Annual administration report of the Civil Veterinary Department of India - 1894-1895
Year: 1894
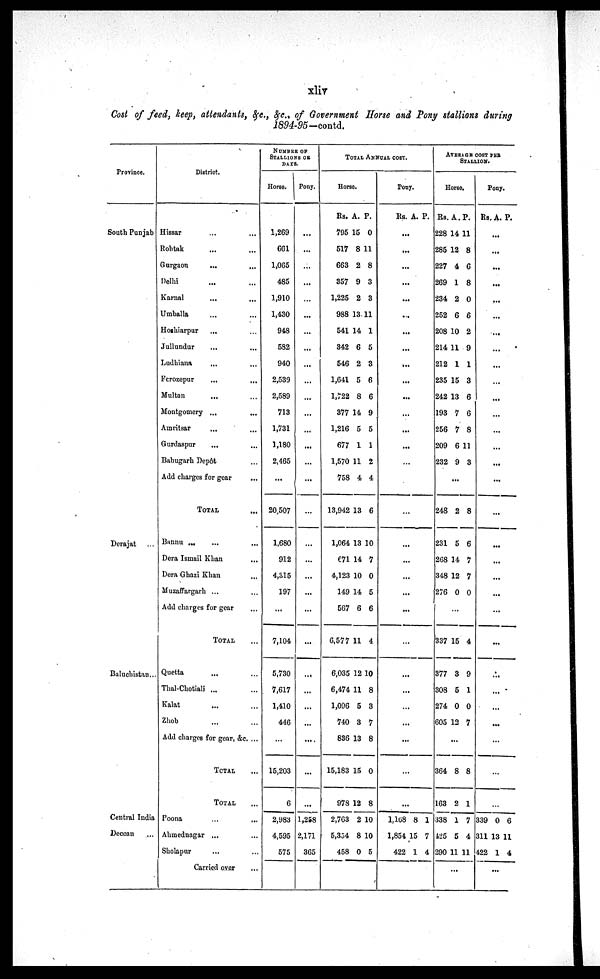
xliv
Cost of feed, keep, attendants, &c., &c., of Government Horse and Pony stallions during
1894-95—contd.
Province.
South Punjab
Derajat ...
Baluchistan ...
Central India
Deccan ...
District.
Hissar
...
...
Rohtak......
Gurgaon......
Delhi......
Karnal......
Umballa......
Hoshiarpur... ...
Jullundur......
Ludhiana......
Ferozepur......
Multan... ...
Montgomery ...
...
Amritsar......
Gurdaspur......
Babugarh Depôt ...
Add charges for gear...
TOTAL...
Bannu .........
Dera Ismail Khan...
Dora Ghazi Khan...
Muzaffargarh ... ...
Add charges for gear...
TOTAL ...
Quetta... ...
Thal-Chotiali ... ...
Kalat......
Zhob ... ...
Add charges for gear, &c. ...
TOTAL...
TOTAL...
Poona
...
...
Ahmednagar ... ...
Sholapur... ...
Carried over...
NUMBER
OF
STALLIONS
OR
DAYS.
Horse.
1,269
661
1,065
485
1,910
1,430
948
582
940
2,539
2,589
713
1,731
1,180
2,465
...
20 507
1,680
912
4,315
197
...
7,104
5,730
7,617
1,410
446
...
15,203
6
2,983
4,595
575
Pony.
...
...
...
...
...
...
...
...
...
...
...
...
...
...
...
...
...
...
...
...
...
...
...
...
...
...
...
...
...
...
1,258
2,171
365
TOTAL
ANNUAL
COST.
Horse.
Rs.
795
517
663
357
1,225
988
541
342
546
1,641
1,722
377
1,216
677
1,570
758
13,942
1,064
€71
4,123
149
567
6,577
6,035
6,474
1,096
740
836
15,183
978
2,763
5,354
458
A.
15
8
2
9
2
13
14
6
2
5
8
14
5
1
11
4
13
13
14
10
14
6
11
12
11
5
3
13
15
12
2
8
0
P.
0
11
8
3
3
11
1
5
3
6
6
9
5
1
2
4
6
10
7
0
5
6
4
10
8
3
7
8
0
8
10
10
5
Pony.
Rs. A. P.
...
...
...
...
...
...
...
...
...
...
...
...
...
...
...
...
...
...
...
...
...
...
...
...
...
...
...
...
...
...
1,168
1,854
422
8
15
1
1
7
4
AVERAGE COST PER
STALLION.
Horse.
Rs.
228
285
227
269
234
252
208
214
212
235
242
193
256
209
232
...
248
231
268
348
276
...
337
377
308
274
605
A.
14
12
4
1
2
6
10
11
1
15
13
7
7
6
9
...
2
5
14
12
0
...
15
3
5
0
12
P.
11
8
6
8
0
6
2
9
1
3
6
6
8
11
3
...
8
6
7
7
0
...
4
9
1
0
7
...
364
163
338
425
290
8
2
1
5
11
8
1
7
4
11
...
Pony
Rs. A. P.
...
...
...
...
...
...
...
...
...
...
...
...
...
...
...
...
...
...
...
...
...
...
...
...
...
...
...
...
...
...
339
311
422
0
13
1
6
11
4
...